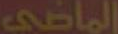
الماضي